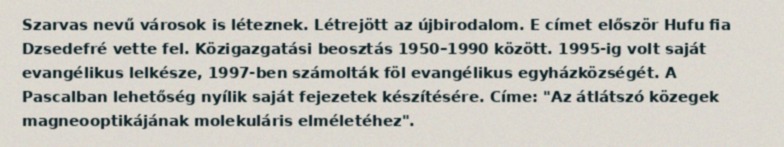
Szarvas nevű városok is léteznek. Létrejött az újbirodalom. E címet először Hufu fia Dzsedefré vette fel. Közigazgatási beosztás 1950–1990 között. 1995-ig volt saját evangélikus lelkésze, 1997-ben számolták föl evangélikus egyházközségét. A Pascalban lehetőség nyílik saját fejezetek készítésére. Címe: "Az átlátszó közegek magneooptikájának molekuláris elméletéhez".